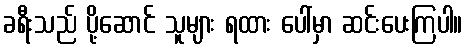
ခရီးသည် ပို့ဆောင် သူများ ရထား ပေါ်မှာ ဆင်းပေးကြပါ။